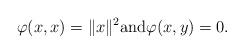
LaTeX: \begin{align*}\varphi(x,x)=\|x\|^2 \mbox{and} \varphi(x,y)=0.\end{align*}